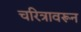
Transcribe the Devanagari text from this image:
चरित्रावरून